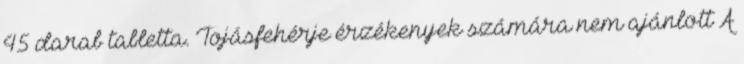
45 darab tabletta. Tojásfehérje érzékenyek számára nem ajánlott A